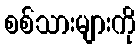
စစ်သားများကို